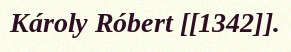
Károly Róbert [[1342]].